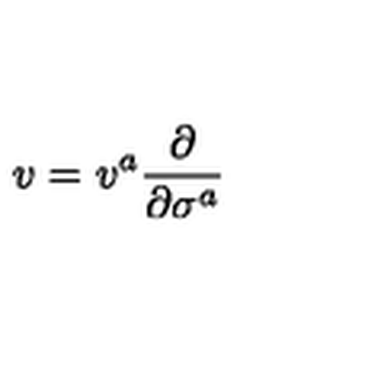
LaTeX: v = v ^ { a } \frac { \partial } { \partial \sigma ^ { a } }